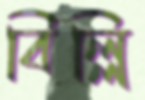
বিল্লি